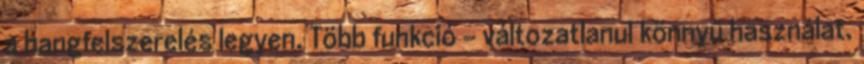
a hangfelszerelés legyen. Több funkció – változatlanul könnyű használat.